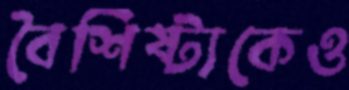
বৈশিষ্ট্যকেও